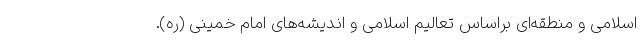
اسلامی و منطقه‌ای براساس تعالیم اسلامی و اندیشه‌های امام خمینی (ره).